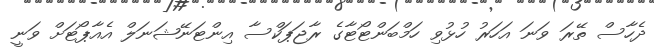
ދެހާސް ތޭރަ ވަނަ އަހަރު ހުޅުވި ހަމްބަންޓޯޓާގެ ރާޖަޕަކްސާ އިންޓަނޭޝަނަލް އެއާޕޯޓަށް ވަނީ